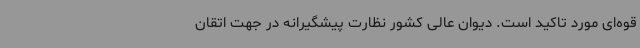
قوه‌ای مورد تاکید است. دیوان عالی کشور نظارت پیشگیرانه در جهت اتقان